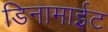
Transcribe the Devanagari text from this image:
डिनामाईट